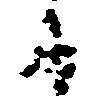
に